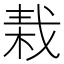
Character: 𣒭